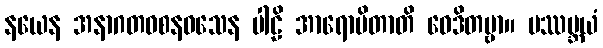
နယေန အနာဂတဝစနဝသေန ပါဠိ အာရောပိတာတိ ဝေဒိတဗ္ဗာ။ ပဿမ္ဘယံ